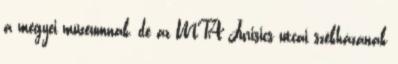
a megyei múzeumnak, de az MTA Jurisics utcai székházának